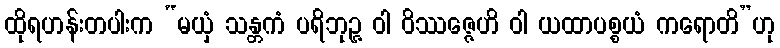
ထိုရဟန်းတပါးက “မယှံ သန္တကံ ပရိဘုဉ္ဇ ဝါ ဝိဿဇ္ဇေဟိ ဝါ ယထာပစ္စယံ ကရောတိ”ဟု